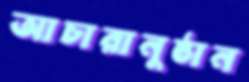
আচারানুষ্ঠান